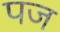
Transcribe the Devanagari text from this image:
पज